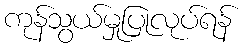
ကုန်သွယ်မှုပြုလုပ်ရန်